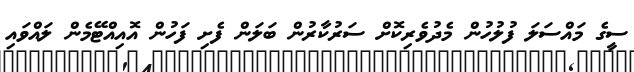
ސީގެ މައްސަލަ ފުލުހުން މެދުވެރިކޮށް ސަރުކާރުން ބަލަން ފެށި ފަހުން އޮއިއްޓޭމެން ލައްވައި